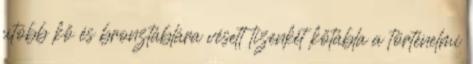
utóbb kő és bronztáblára vésett tizenkét kőtábla a történelmi